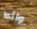
واندا